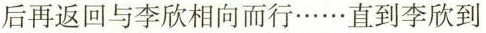
后再返回与李欣相向而行······直到李欣到